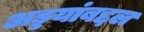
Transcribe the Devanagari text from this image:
अड्डयांबद्दल